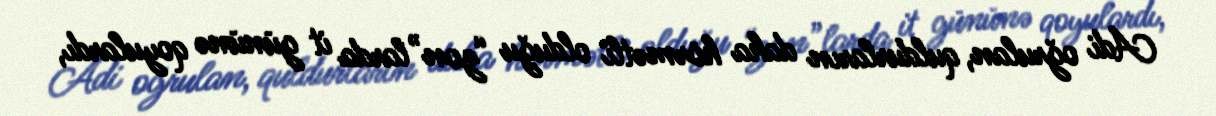
Adi oğrulan, quldurların daha hörmətli olduğu “zon”larda it gününə qoyulardı,